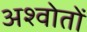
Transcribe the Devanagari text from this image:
अश्वोतों